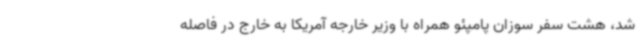
شد، هشت سفر سوزان پامپئو همراه با وزیر خارجه آمریکا به خارج در فاصله